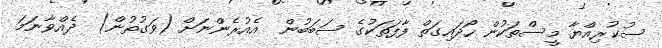
ސުކުރިއްޔާ މީސްތަކުން ހޯދައިގަތް ފާފަތަކުގެ ސަބަބުން  އެއުރެންނަށް (ވަގުތުން)  ދެއްވާނަމަ